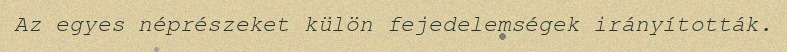
Az egyes néprészeket külön fejedelemségek irányították.